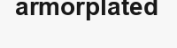
armorplated